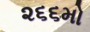
૨૬૬મો